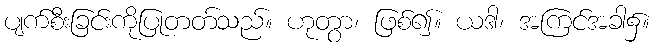
ပျက်စီးခြင်းကိုပြုတတ်သည်။ ဟုတွာ၊ ဖြစ်၍။ ယဒါ၊ အကြင်အခါ၌။